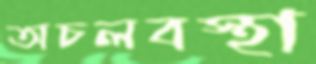
অচলবস্থা